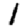
Digit: 1